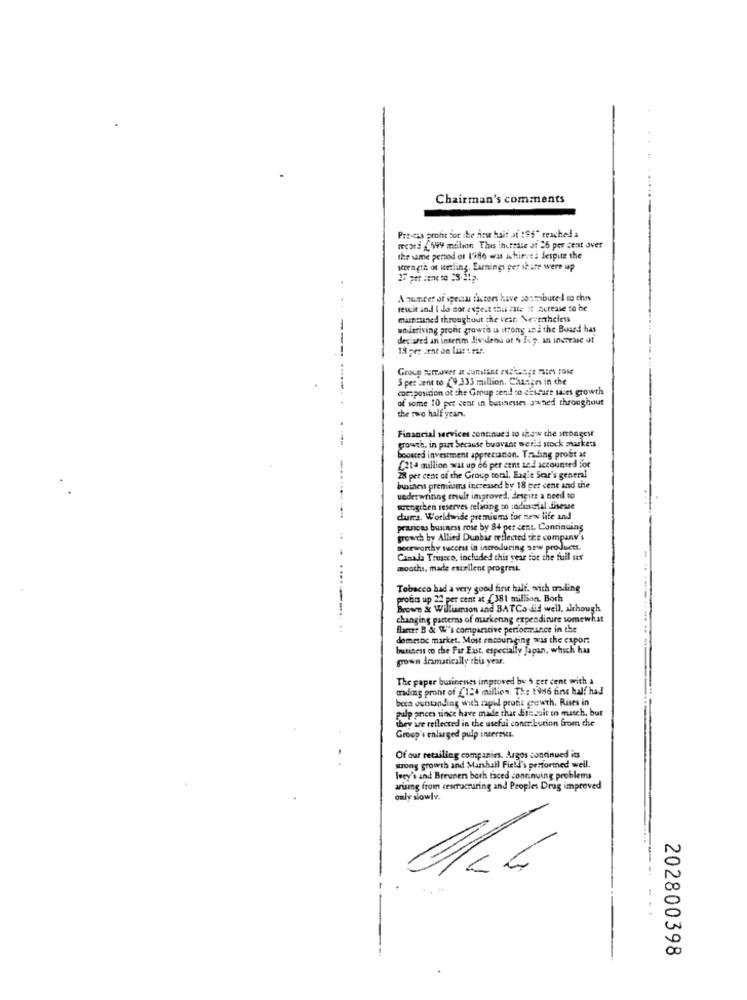
Chairman's comments
Pre-cia profit Sor :be disu haif at 195" reached a
recaea £599 million This ihureale st 26 per cent over
the same penod of 1'ide was achieved despite the
strength of icetling. Earnings per ibare were up
A munter of speciu factors have aosmbure I co ches
rescit and I do not expect this zate it Acrease to be
murnauned throughout the vear. Nevertheless
-
undariving pront growth is strong and the Board has
declared an interim Jis demi ot 6 50 . an increase of
Group remover at contint auchutpe mairs rose
S pet sent to (9,333 million. Changes in the
composicion of the Group send co eEscure sains growth
of some 10 per cent in businesses owned throughout
the two half years.
.
Financial services continued to show the strongest
growth, in part Secause buovant werid stock markets
Goowed investment appreciation. Trading probt at
Cata million wat up 66 per cent sed accounted for
-...
28 per cent of the Group total. Engit Ser's general
business premiums increased by 18 per cent and the
underwriting result improved, descits a need to
warengreen reserves relating to industrial diesse
durra. Worldwide premiums for new life and
peanions business rose by 84 per cent. Continuing
growth by Allied Dunbar reflected the company's
porrworthy success in introducing saw products.
Canada Truseco, included this year for the full six
mouths, made excellent progress.
Tobacco had a very good first half. with trading
profits up 22 per cent at (381 million. Both
Brown & Williamson and BATCo did well, although
changing patterns of markenng expenditure somewhat
flete? B & W's comparative performance in the
domeinc market. Most encouraging was the export
business co the Far East, especially Japan, which has
grown dramatically this year.
The paper busirenes improved by 5 per cent with a
mading pront of _124 million. Th: 1986 first half had
been outstanding with rapid protis growth. Rises in
pulp ances since have made that Stssuit to match, but
they are reflected in the useful contribution from che
Group's enlarged pulp interests.
Of our retailing companies. Argos continued its
strong growth and Marshall Field's performed well.
Joey's and Breuners both faced continuing problems
arising from restructuring and Peoples Drug improved
only slowly.
202800398